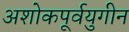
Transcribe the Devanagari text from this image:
अशोकपूर्वयुगीन